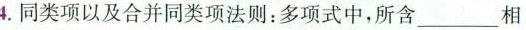
4.同类项以及合并同类项法则：多项式中，所含\underline相